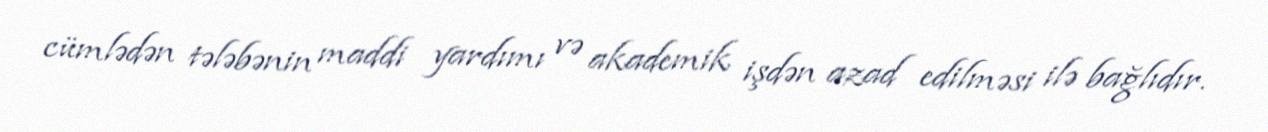
cümlədən tələbənin maddi yardımı və akademik işdən azad edilməsi ilə bağlıdır.